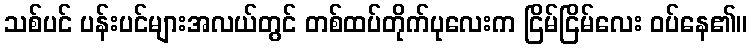
သစ်ပင် ပန်းပင်များအလယ်တွင် တစ်ထပ်တိုက်ပုလေးက ငြိမ်ငြိမ်လေး ဝပ်နေ၏။